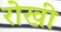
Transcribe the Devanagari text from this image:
रोखी